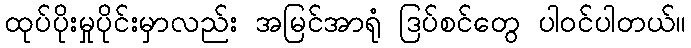
ထုပ်ပိုးမှုပိုင်းမှာလည်း အမြင်အာရုံ ဒြပ်စင်တွေ ပါဝင်ပါတယ်။